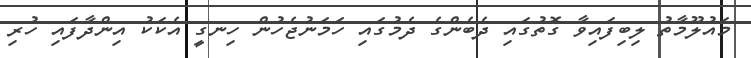
މައުލޫމާތު ލިބިފައިވާ ގޮތުގައި ދެބެންގެ ދެމުގައި ހަމަނުޖެހުން ހިނގީ އެކަކު އިންދާފައި ހުރި